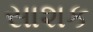
સાશક